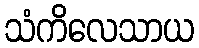
သံကိလေသာယ